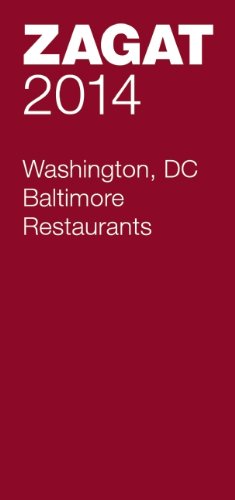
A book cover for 2014 Washington DC/Baltimore Restaurants (Zagat Washington Dc/Baltimore Restaurants); Travel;